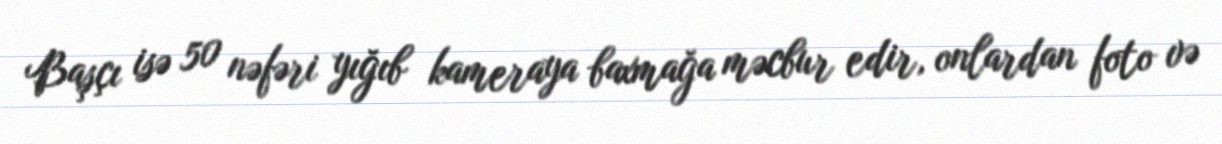
Başçı isə 50 nəfəri yığıb kameraya baxmağa məcbur edir, onlardan foto və